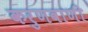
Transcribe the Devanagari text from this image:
करुणवाणी